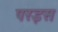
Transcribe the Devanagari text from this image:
परइस